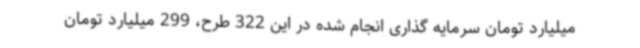
میلیارد تومان سرمایه گذاری انجام شده در این 322 طرح، 299 میلیارد تومان